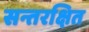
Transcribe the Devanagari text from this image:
सन्तरक्षित